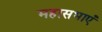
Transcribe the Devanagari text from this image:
महासभाएँ